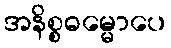
အနိစ္စဓမ္မောပေ